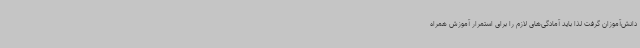
دانش‌آموزان گرفت لذا باید آمادگی‌های لازم را برای استمرار آموزش همراه